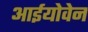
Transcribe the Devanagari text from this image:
आईयोवेन